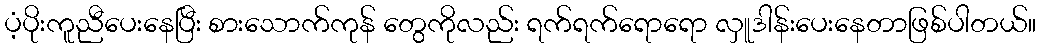
ပံ့ပိုးကူညီပေးနေပြီး စားသောက်ကုန် တွေကိုလည်း ရက်ရက်ရောရော လှူဒါန်းပေးနေတာဖြစ်ပါတယ်။